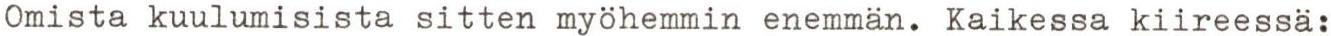
Omista kuulumisista sitten myöhemmin enemmän. Kaikessa kiireessä: